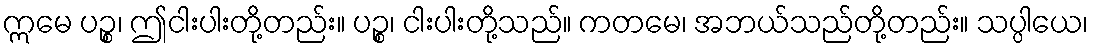
ဣမေ ပဉ္စ၊ ဤငါးပါးတို့တည်း။ ပဉ္စ၊ ငါးပါးတို့သည်။ ကတမေ၊ အဘယ်သည်တို့တည်း။ သပ္ပါယေ၊